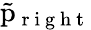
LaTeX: \tilde{\mathrm{p}}_{\mathrm{~r~i~g~h~t~}}